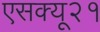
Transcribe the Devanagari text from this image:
एसक्यू२१